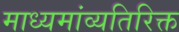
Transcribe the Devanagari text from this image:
माध्यमांव्यतिरिक्त